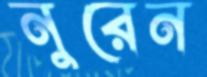
নুরেন